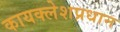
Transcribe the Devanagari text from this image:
कायक्लेशप्रधान